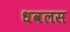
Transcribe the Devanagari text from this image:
धवलस